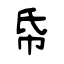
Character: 帋